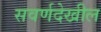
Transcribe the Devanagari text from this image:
सवर्णदेखील